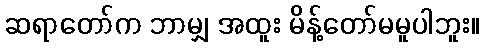
ဆရာတော်က ဘာမျှ အထူး မိန့်တော်မမူပါဘူး။